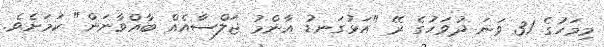
މިމަހުގެ 31 ވަނަ ދުވަހުގެ ރޭ "އަޅުގަނޑު އާންމު ޖަލްސާއެއް ބާއްވާނަން" ކަމަށެވެ.